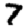
Digit: 7